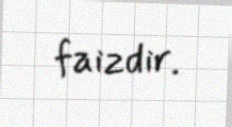
faizdir.